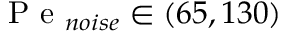
\mathrm { ~ P ~ e ~ } _ { n o i s e } \in ( 6 5 , 1 3 0 )